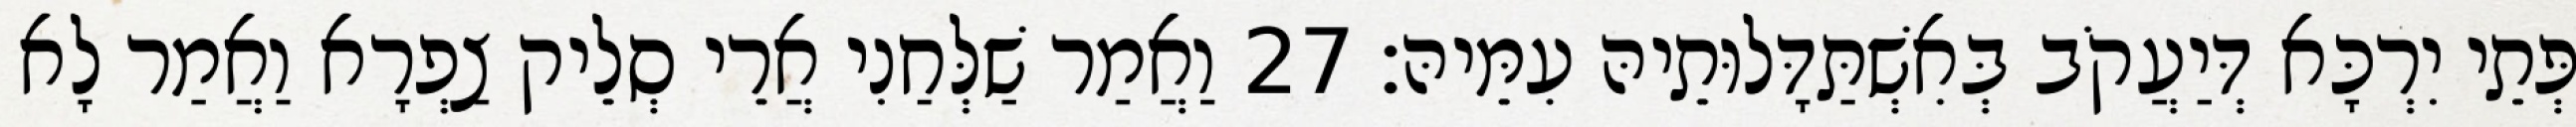
פְּתֵי יִרְכָּא דְּיַעֲקֹב בְּאִשְׁתַּדָּלוּתֵיהּ עִמֵּיהּ׃ 27 וַאֲמַר שַׁלְּחַנִי אֲרֵי סְלֵיק צַפְרָא וַאֲמַר לָא